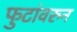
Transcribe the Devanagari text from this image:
फुटांवरुन